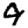
Digit: 9